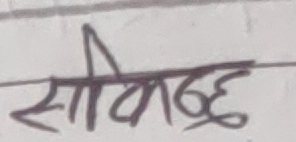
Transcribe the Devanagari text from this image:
सीविच्छ